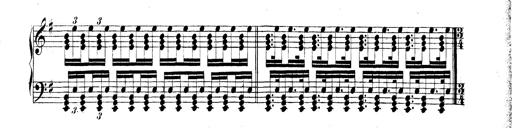
Title: Technische Studien
Composer: Franz Liszt